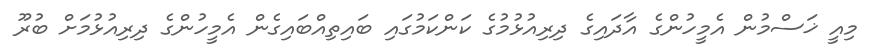
މިއީ ޚަސްމުން އެމީހުންގެ އާދައިގެ ދިރިއުޅުމުގެ ކަންކަމުގައި ބައިތިއްބައިގެން އެމީހުންގެ ދިރިއުޅުމަށް ބުރޫ